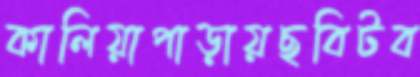
কালিয়াপাড়ায়ছবিটব